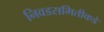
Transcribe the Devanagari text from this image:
निवडसमितीकडे